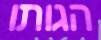
הגותו